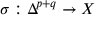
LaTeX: \sigma : \Delta ^ { p + q } \rightarrow X